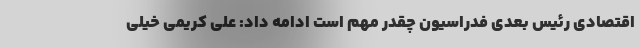
اقتصادی رئیس بعدی فدراسیون چقدر مهم است ادامه داد: علی کریمی خیلی